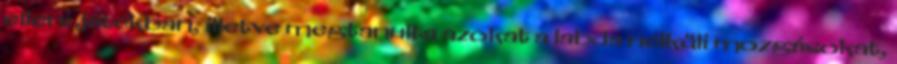
elleni játékban, illetve megtanulta azokat a labda nélküli mozgásokat,